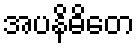
အပနိဓိတေ